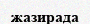
жазирада